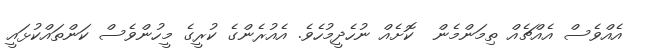
އެއްވެސް އެއްޗެއް ތިމަންމެން  ކޮށެއް ނުހެދީމުހެވެ. އެއުރެންގެ ކުރީގެ މީހުންވެސް ކަންތައްކުޅައީ